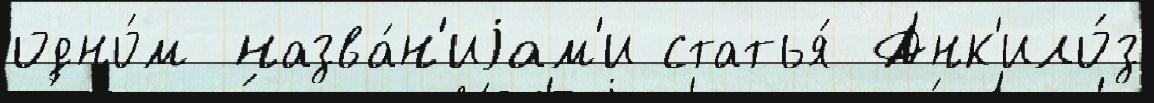
одно́м назва́н'иjам'и статья́ Анк'ило́з